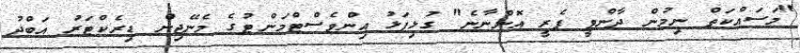
"މަސައްކަތް ނިމުން ދާންވީ ފެރީ އޮންނާނެ" ގުޅިފަޅު އިންވެސްޓްމަންޓުގެ މެނޭޖިން ޑިރެކްޓަރު އަބްދު